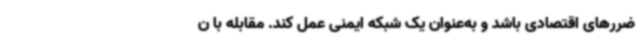
ضررهای اقتصادی باشد و به‌عنوان یک شبکه ایمنی عمل کند. مقابله با ن